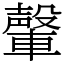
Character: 䡰